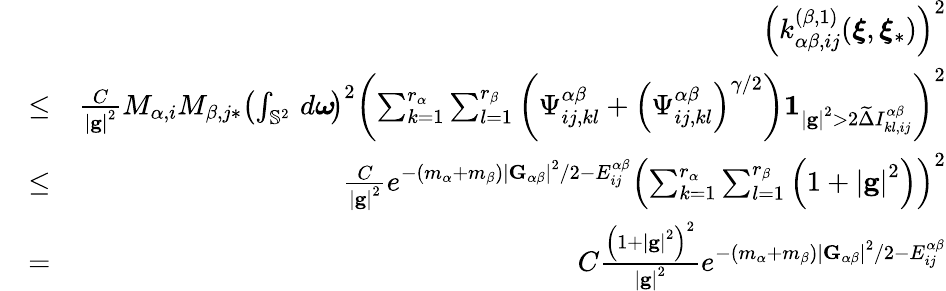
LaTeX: \begin{array}{rlr}&{}&{\left(k_{\alpha\beta,ij}^{\left(\beta,1\right)}(\boldsymbol{\xi},\boldsymbol{\xi}_{\ast})\right)^{2}}\\ &{\leq}&{\frac{C}{\left\vert\mathbf{g}\right\vert^{2}}M_{\alpha,i}M_{\beta,j\ast}\left(\int_{\mathbb{S}^{2}}\, d\boldsymbol{\omega}\! \right)^{2}\left(\sum_{k=1}^{r_{\alpha}}\sum_{l=1}^{r_{\beta}}\left(\Psi_{ij,kl}^{\alpha\beta}+\left(\Psi_{ij,kl}^{\alpha\beta}\right)^{\gamma/2}\right)\mathbf{1}_{\left\vert\mathbf{g}\right\vert^{2}>2\widetilde{\Delta}I_{kl,ij}^{\alpha\beta}}\right)^{2}}\\ &{\leq}&{\frac{C}{\left\vert\mathbf{g}\right\vert^{2}}e^{-\left(m_{\alpha}+m_{\beta}\right)\left\vert\mathbf{G}_{\alpha\beta}\right\vert^{2}/2-E_{ij}^{\alpha\beta}}\left(\sum_{k=1}^{r_{\alpha}}\sum_{l=1}^{r_{\beta}}\left(1+\left\vert\mathbf{g}\right\vert^{2}\right)\right)^{2}}\\ &{=}&{C\frac{\left(1+\left\vert\mathbf{g}\right\vert^{2}\right)^{2}}{\left\vert\mathbf{g}\right\vert^{2}}e^{-\left(m_{\alpha}+m_{\beta}\right)\left\vert\mathbf{G}_{\alpha\beta}\right\vert^{2}/2-E_{ij}^{\alpha\beta}}}\end{array}